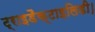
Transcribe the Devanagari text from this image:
ट्राइडैक्टाइलिडी।